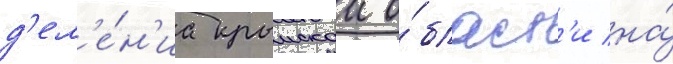
д'ел'е́н'иа крымскои о́бласт'и на́